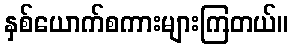
နှစ်ယောက်စကားများကြတယ်။